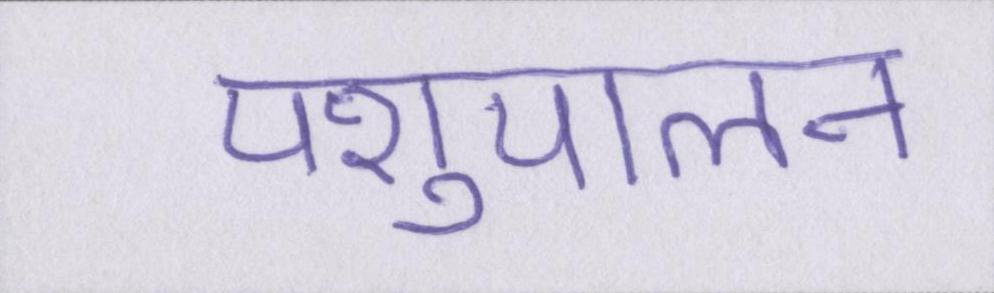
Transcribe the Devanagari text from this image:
पशुपालन